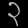
Digit: ၃